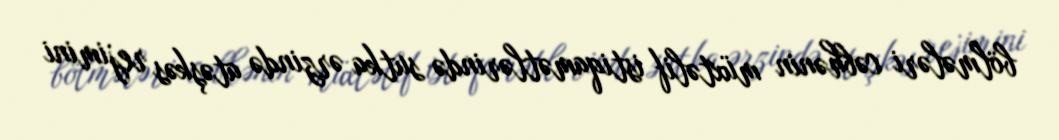
bölmələri cəbhənin müxtəlif istiqamətlərində sutka ərzində atəşkəs rejimini